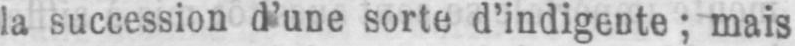
la succession d’une sorte d’indigente; mais